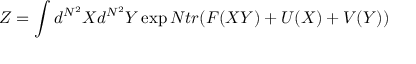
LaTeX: Z = \int d ^ { N ^ { 2 } } X d ^ { N ^ { 2 } } Y \exp N t r ( F ( X Y ) + U ( X ) + V ( Y ) )